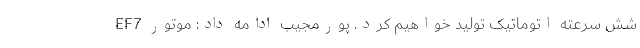
شش سرعته اتوماتیک تولید خواهیم کرد. پورمجیب ادامه داد: موتور EF7